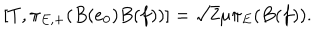
[ T , \pi _ { E , + } ( B ( e _ { 0 } ) B ( f ) ) ] = \sqrt { 2 } \mu \pi _ { E } ( B ( f ) ) .